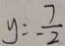
y = - \frac { 7 } { 2 }